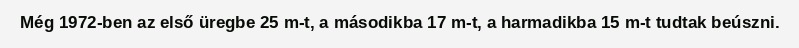
Még 1972-ben az első üregbe 25 m-t, a másodikba 17 m-t, a harmadikba 15 m-t tudtak beúszni.